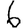
Digit: 6